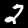
Label: 2